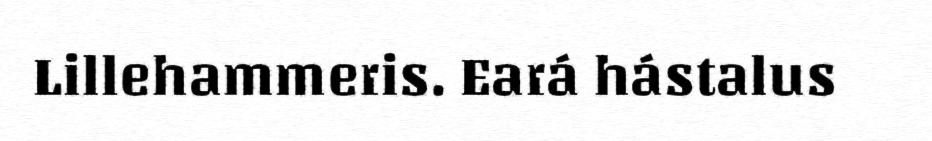
Lillehammeris. Eará hástalus